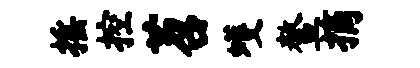
摇控苕蠖鳌摘